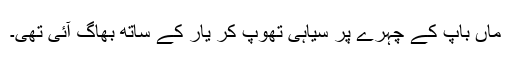
ماں باپ کے چہرے پر سیاہی تھوپ کر یار کے ساتھ بھاگ آئی تھی۔